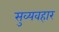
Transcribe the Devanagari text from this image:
सुव्यवहार